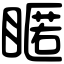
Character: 䁥